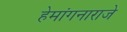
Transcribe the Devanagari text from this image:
हेमांगनाराजे